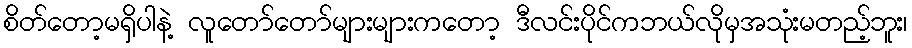
စိတ်တော့မရှိပါနဲ့ လူတော်တော်များများကတော့ ဒီလင်းပိုင်ကဘယ်လိုမှအသုံးမတည့်ဘူး၊